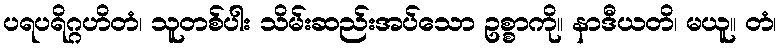
ပရပရိဂ္ဂဟိတံ၊ သူတစ်ပါး သိမ်းဆည်းအပ်သော ဥစ္စာကို။ နာဒီယတိ၊ မယူ။ တံ၊